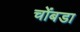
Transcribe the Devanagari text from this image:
चोंबडा